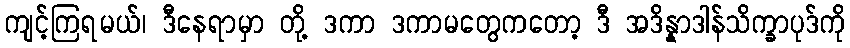
ကျင့်ကြရမယ်၊ ဒီနေရာမှာ တို့ ဒကာ ဒကာမတွေကတော့ ဒီ အဒိန္နာဒါန်သိက္ခာပုဒ်ကို